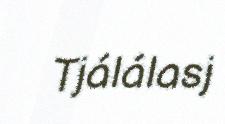
Tjálálasj